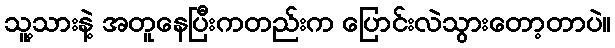
သူ့သားနဲ့ အတူနေပြီးကတည်းက ပြောင်းလဲသွားတော့တာပဲ။